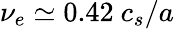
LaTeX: \nu_{e}\simeq 0.42\ c_{s}/a